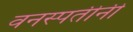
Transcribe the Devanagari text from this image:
वनस्पतीनी